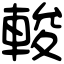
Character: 𨌘